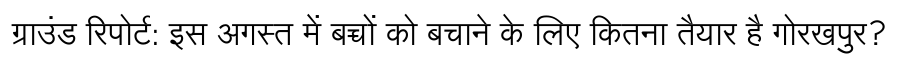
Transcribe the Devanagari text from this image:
ग्राउंड रिपोर्ट: इस अगस्त में बच्चों को बचाने के लिए कितना तैयार है गोरखपुर?